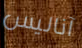
آناليس